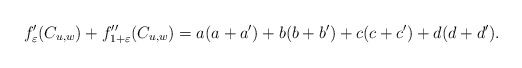
\begin{align*}f'_\varepsilon(C_{u,w}) + f''_{1+\varepsilon}(C_{u,w}) = a(a+a')+b(b+b')+c(c+c')+d(d+d').\end{align*}